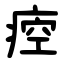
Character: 㾤